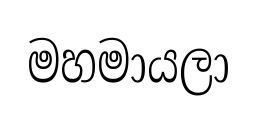
මහමායලා